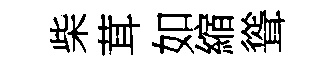
柴茸如縮聳